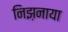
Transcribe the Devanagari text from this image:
निझ़नाया